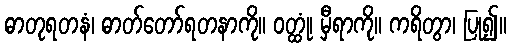
ဓာတုရတနံ၊ ဓာတ်တော်ရတနာကို။ ဝတ္ထုံ၊ မှီရာကို။ ကရိတွာ၊ ပြု၍။